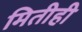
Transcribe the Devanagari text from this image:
मितीही